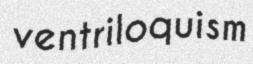
ventriloquism